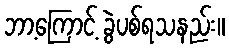
ဘာ့ကြောင့် ခွဲပစ်ရသနည်း။